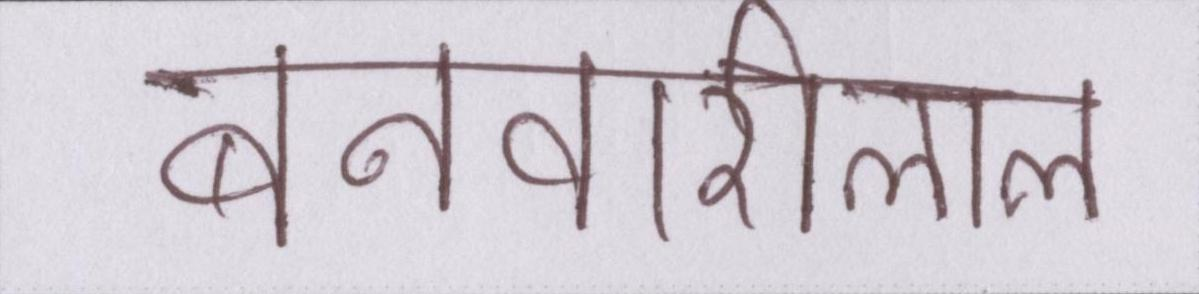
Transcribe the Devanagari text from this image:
बनवारीलाल